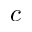
c